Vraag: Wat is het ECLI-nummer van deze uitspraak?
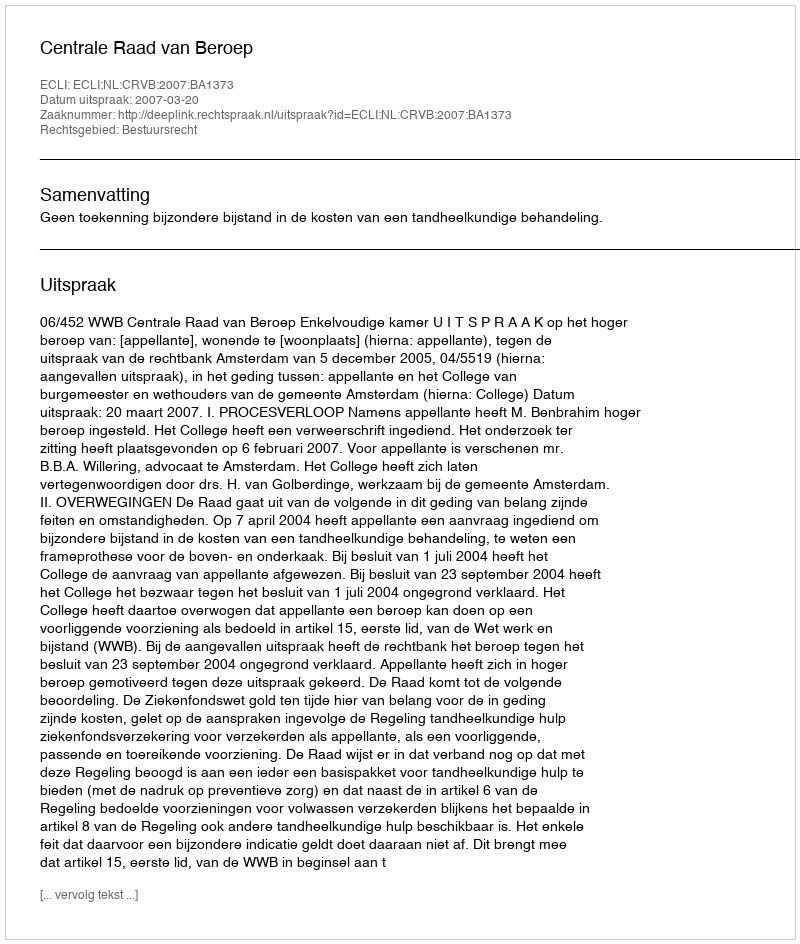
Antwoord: ECLI:NL:CRVB:2007:BA1373